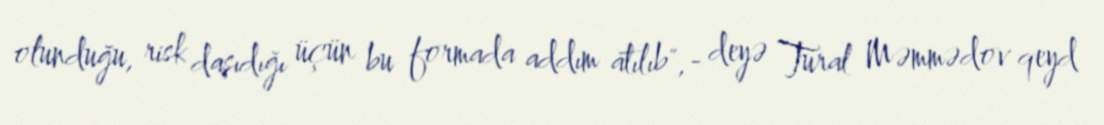
olunduğu, risk daşıdığı üçün bu formada addım atılıb",- deyə Tural Məmmədov qeyd